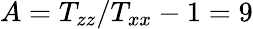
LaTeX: A=T_{zz}/T_{xx}-1=9